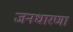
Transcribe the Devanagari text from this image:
जनधारणा